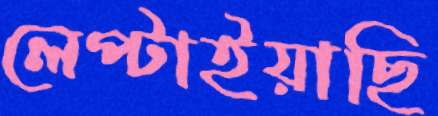
লেপ্‌টাইয়াছি